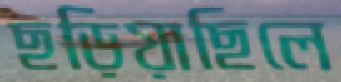
ছড়িয়াছিলে